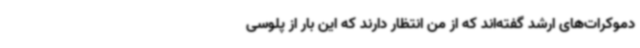
دموکرات‌های ارشد گفته‌اند که از من انتظار دارند که این بار از پلوسی